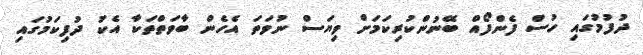
ދުފުމުގައި ހުސް ފެންފޯއް ބޭނުންކުރިކަމަށް ވިޔަސް ނުވަތަ އެހެން ބާވަތްތަކާ އެކު ދުފިކަމުގައި